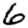
Digit: 6